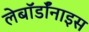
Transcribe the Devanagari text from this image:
लेबॉर्डॉनाइस